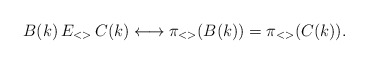
\begin{align*}B(k)\, E_{<>}\, C(k) \longleftrightarrow \pi_{<>}(B(k)) = \pi_{<>}(C(k)).\end{align*}